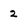
Character: 2